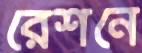
রেশনে